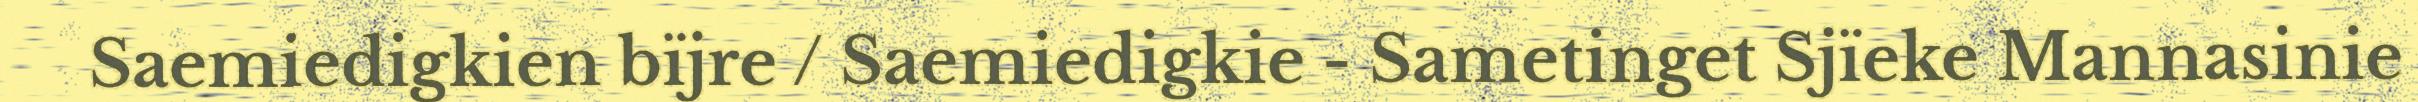
Saemiedigkien bïjre / Saemiedigkie - Sametinget Sjïeke Mannasinie